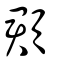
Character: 頵